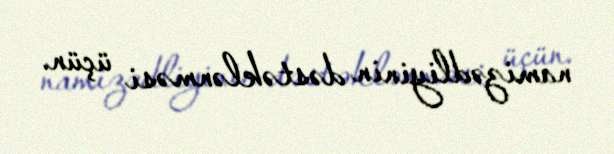
namizədliyinin dəstəklənməsi üçün.